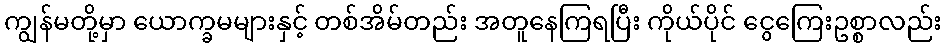
ကျွန်မတို့မှာ ယောက္ခမများနှင့် တစ်အိမ်တည်း အတူနေကြရပြီး ကိုယ်ပိုင် ငွေကြေးဥစ္စာလည်း